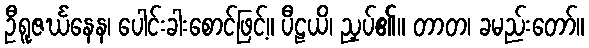
ဦရူဇင်္ဃနေန၊ ပေါင်းခါးစောင်ဖြင့်။ ပီဠယိ၊ ညှပ်၏။ တာတ၊ ခမည်းတော်။